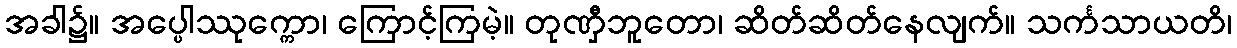
အခါ၌။ အပ္ပေါဿုက္ကော၊ ကြောင့်ကြမဲ့။ တုဏှီဘူတော၊ ဆိတ်ဆိတ်နေလျက်။ သင်္ကသာယတိ၊